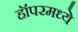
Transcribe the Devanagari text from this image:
हॉपरमध्ये